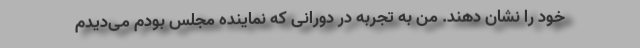
خود را نشان دهند. من به تجربه در دورانی که نماینده مجلس بودم می‌دیدم